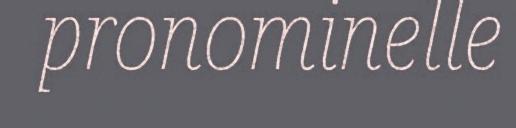
pronominelle